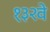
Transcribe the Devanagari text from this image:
१३२वे